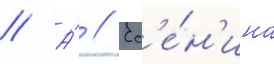
// А́ // Ес'е́н'ина